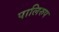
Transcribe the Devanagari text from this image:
पालिरुप